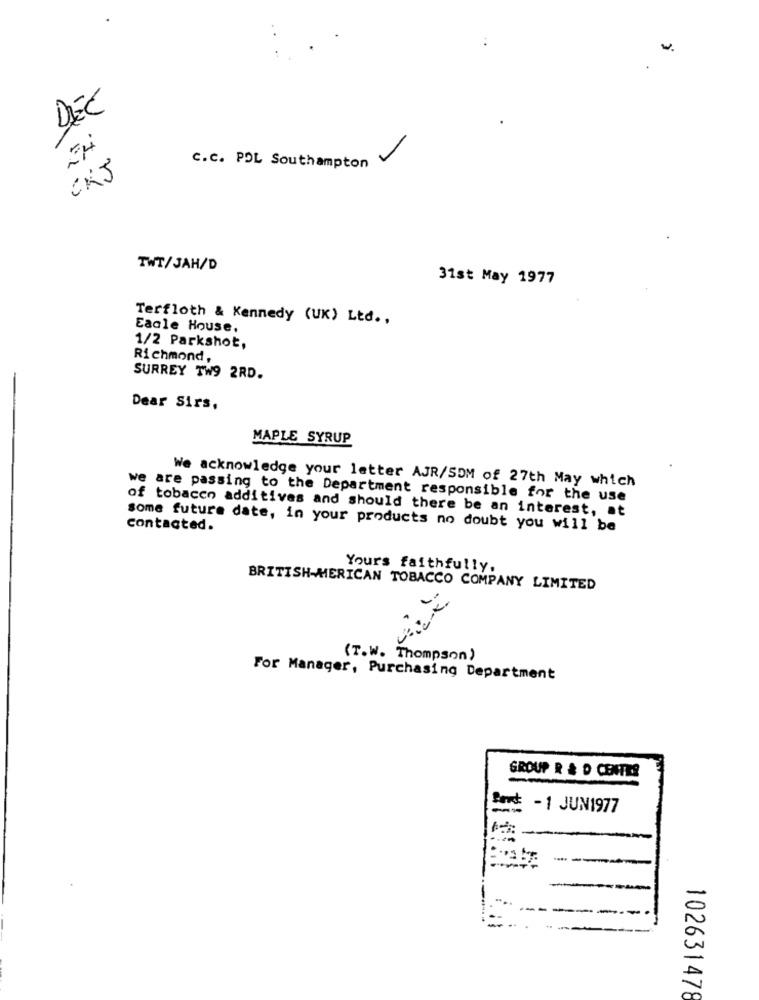
w.
.
DEC
CKJ
C.C. POL Southampton
TWT/JAH/D
31st May 1977
Terfloth & Kennedy (UK) Ltd .,
Eagle House.
1/2 Parkshot,
Richmond,
SURREY TW9 2RD.
Dear Sirs,
MAPLE SYRUP
We acknowledge your letter AJR/SOM of 27th May which
we are passing to the Department responsible for the use
of tobacco additives and should there be an interest, at
contacted.
some future date, in your products no doubt you will be
Yours faithfully,
BRITISH-MERICAN TOBACCO COMPANY LIMITED
(T.W. Thompson)
For Manager, Purchasing Department
GROUP R & D CENTER
Song -1 JUN1977
102631478